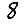
Digit: 8